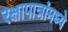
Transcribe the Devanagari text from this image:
रक्षापात्रांमध्ये